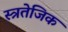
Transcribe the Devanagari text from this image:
स्त्रतेजिक